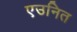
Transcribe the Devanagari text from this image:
एउनित